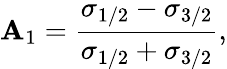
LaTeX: \mathbf{A}_{1}=\frac{{\sigma_{1/2}-\sigma_{3/2}}}{{\sigma_{1/2}+\sigma_{3/2}}},